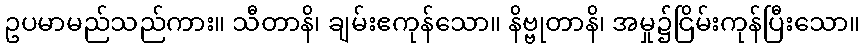
ဥပမာမည်သည်ကား။ သီတာနိ၊ ချမ်းဧကုန်သော။ နိဗ္ဗုတာနိ၊ အမှု၌ငြိမ်းကုန်ပြီးသော။